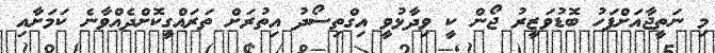
މި ނަތީޖާއަށްފަހު ބޮޑުވަޒީރު ޖޯން ކީ ވިދާޅުވީ އިގްތިސޯދު އިތުރަށް ތަރައްގީކޮށްދެއްވާނެ ކަމަށާއި